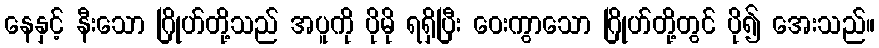
နေနှင့် နီးသော ဂြိုဟ်တို့သည် အပူကို ပိုမို ရရှိပြီး ဝေးကွာသော ဂြိုဟ်တို့တွင် ပို၍ အေးသည်။